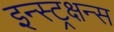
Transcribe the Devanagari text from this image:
इन्स्ट्रक्षन्स